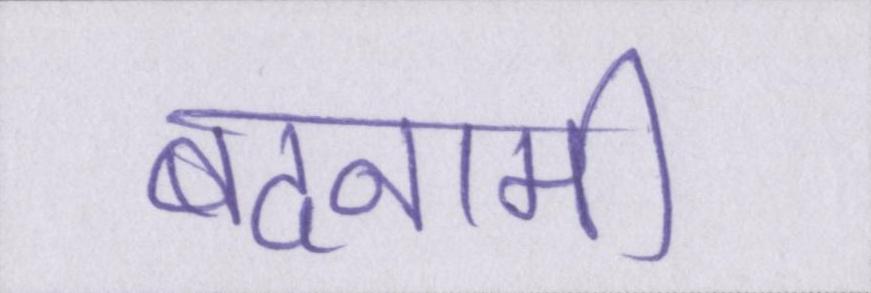
बदनामी